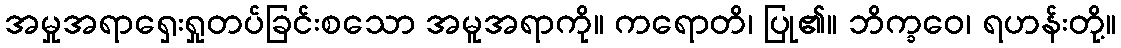
အမှုအရာရှေးရှုတပ်ခြင်းစသော အမူအရာကို။ ကရောတိ၊ ပြု၏။ ဘိက္ခဝေ၊ ရဟန်းတို့။